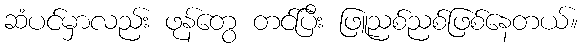
ဆံပင်မှာလည်း ဖုန်တွေ တင်ပြီး ဖြူညစ်ညစ်ဖြစ်နေတယ်။